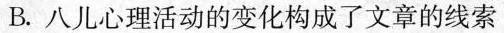
B.八儿心理活动的变化构成了文章的线索